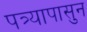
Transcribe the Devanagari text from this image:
पत्र्यापासुन